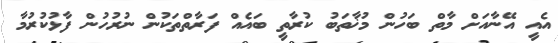
އެއީ އޭނާއަށް މާތް ބަހުން މުޚާތަބު ކުރާތީ ބައެއް ފަރާތްތަކުން ނުރުހުން ފާޅުކުރުމާ